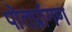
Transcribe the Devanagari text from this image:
पोतप्रांगण